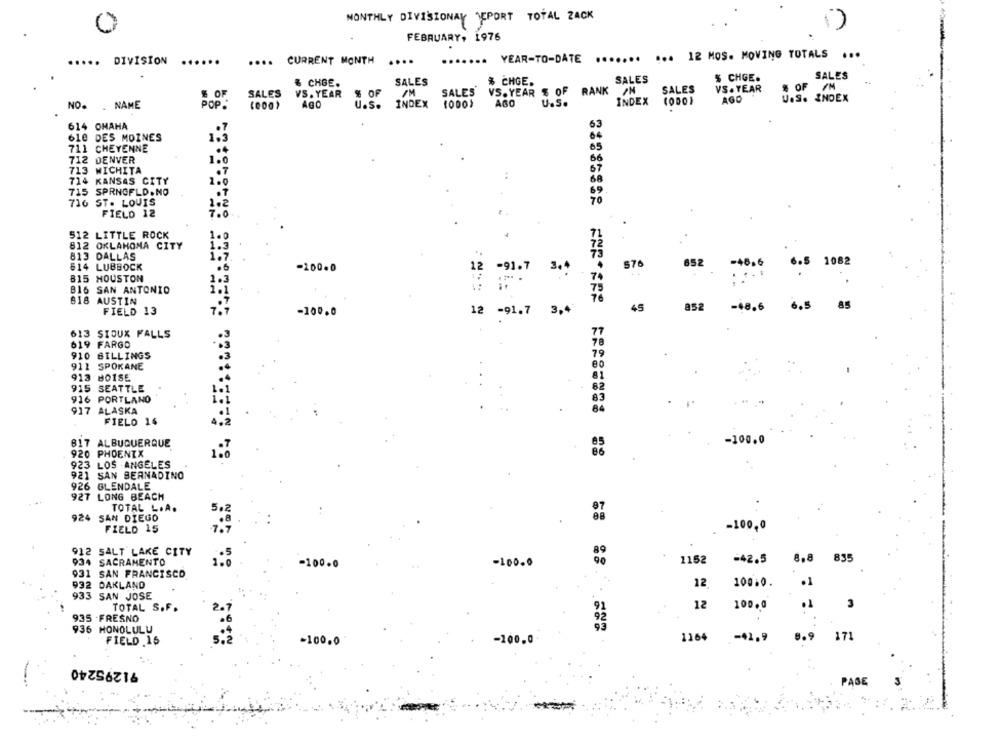
MONTHLY DIVISIONAY YEPORT TOTAL ZACK
FEBRUARY, 1976
....
. YEAR-TO-DATE .......
... 12 MOS. MOVING TOTALS ...
DIVISION
....
CURRENT MONTH
SALES
& CHGE.
SALES
% CHGE.
SALES
% CHGE.
VS.YEAR % OF RANK /N
SALES
VS . YEAR
% OF /N
$ OF
SALES
VS. YEAR
% OF
IM
SALES
U.S. INDEX
INDEX (000)
AGO
U.S.
INDEX
NO. . NAME
POP.
AGO
U.S.
614 OHAHA
63
610 DES MOINES
1.3
711 CHEYENNE
65
712 DENVER
1.0
66
713 WICHITA
.7
714
..
KANSAS CITY
1.0
715 SPRNGFLD.NO
. 7
716 ST. LOUIS
1.2
FIELD 12
7.0
512 LITTLE ROCK
812 OKLAHOMA CITY
1:3
813 DALLAS
1.7
614 LUBBOCK
.6
-200.0
576
852
6.5
1082
-91.7
3. 4
815 HOUSTON
1.3
B16
SAN ANTONIO
i.1
618
AUSTIN
FIELD 13
7.
12 -91.7
==== =
3,4
45
852
-48.6
6.5
85
-100.0
613 SIOUX FALLS
619 FARGO
910 BILLINGS
911 SPOKANE
913 BOISE
915 SEATTLE
916 PORTLAND
917 ALASKA
FIELO 14
817 ALBUQUERQUE
-100.0
920 PHOENIX
======== ======= ======== = 0
923 LOS ANGELES
921 SAN BERNADINO
926 GLENDALE
927 LONG BEACH
TOTAL L.A.
5.2
924 SAN DIEGO
-100,0
FIELD 15
912 SALT LAKE CITY
934 SACRAMENTO
-100.0
-100.0
1162
-42.5
8.8
835
931 SAN FRANCISCO
932 OAKLAND
12
10010
.1
933 SAN JOSE
TOTAL S.F.
91
12
100.0
.1
3
935 -FRESNO
936 HONOLULU
93
1164 -41.9
8.9
17
FIELD .16
-100.0
-200.0
91295240
PASE